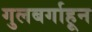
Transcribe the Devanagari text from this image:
गुलबर्गाहून